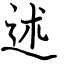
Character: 述